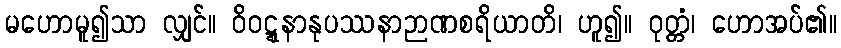
မဟောမူ၍သာ လျှင်။ ဝိဝဋ္ဋနာနုပဿနာဉာဏစရိယာတိ၊ ဟူ၍။ ဝုတ္တံ၊ ဟောအပ်၏။